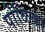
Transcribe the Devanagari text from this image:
पोळिका